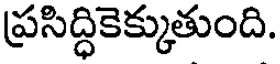
ప్రసిద్ధికెక్కుతుంది.